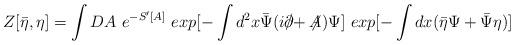
LaTeX: \begin{align*}Z[\bar{\eta},\eta] = \int DA~ e^{-S'[A]}~exp{[-\int d^2x\bar{\Psi} ( i\raise.15ex\hbox{$/$}\kern-.57em\hbox{$\partial$} +\not \!\! A ) \Psi]}~exp{[-\int dx(\bar{\eta}\Psi+\bar{\Psi}\eta)]}\end{align*}